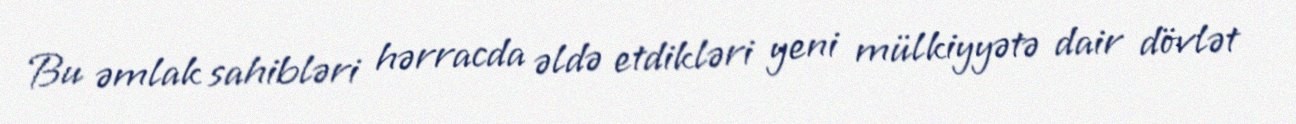
Bu əmlak sahibləri hərracda əldə etdikləri yeni mülkiyyətə dair dövlət